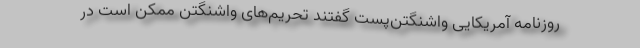
روزنامه آمریکایی واشنگتن‌پست گفتند تحریم‌های واشنگتن ممکن است در